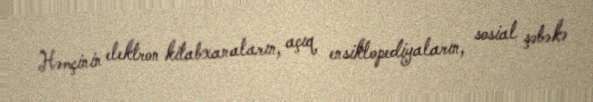
Həmçinin elektron kitabxanaların, açıq ensiklopediyaların, sosial şəbəkə